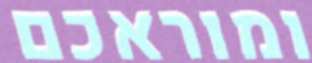
ומוראכם